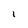
Character: l